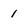
Character: 1